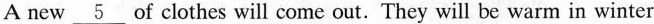
A new \underline{5} of clothes will come out. They will be warm in winter